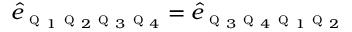
\hat { e } _ { \textsc { q } _ { 1 } \textsc { q } _ { 2 } \textsc { q } _ { 3 } \textsc { q } _ { 4 } } = \hat { e } _ { \textsc { q } _ { 3 } \textsc { q } _ { 4 } \textsc { q } _ { 1 } \textsc { q } _ { 2 } }